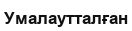
Умалаутталған